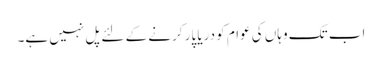
اب تک وہاں کی عوام کو دریا پار کرنے کے لئے پل نہیں ہے۔